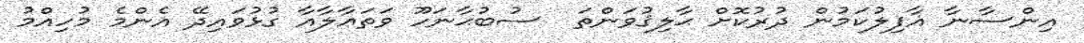
އިންސާނާ ޣާފިލުކަމުން ދުރުކޮށް ޙާލިޤުވަންތަ  ސުބުޙާނަހޫ ވަތަޢާލާއާ ގުޅުވައިދޭ އެންމެ މުހިއްމު